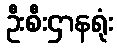
ဦးစီးဌာနရုံး